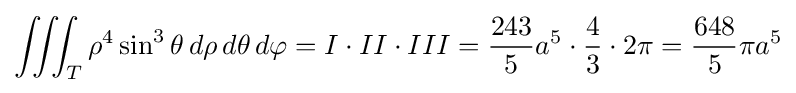
\iiint _{T}\rho ^{4}\sin ^{3}\theta \,d\rho \,d\theta \,d\varphi =I\cdot II\cdot III={\frac {243}{5}}a^{5}\cdot {\frac {4}{3}}\cdot 2\pi ={\frac {648}{5}}\pi a^{5}